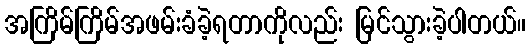
အကြိမ်ကြိမ်အဖမ်းခံခဲ့ရတာကိုလည်း မြင်သွားခဲ့ပါတယ်။